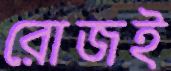
রোজই